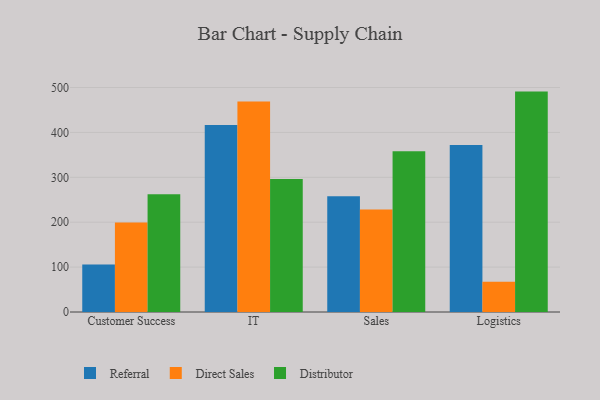
{"axis": {"x": "Department", "y": "Energy Usage (MWh)"}, "legend": ["Direct Sales", "Distributor", "Referral"], "data": [{"x": "Customer Success", "y": 105.9, "type": "Referral"}, {"x": "Customer Success", "y": 199.4, "type": "Direct Sales"}, {"x": "Customer Success", "y": 262.2, "type": "Distributor"}, {"x": "IT", "y": 416.6, "type": "Referral"}, {"x": "IT", "y": 468.8, "type": "Direct Sales"}, {"x": "IT", "y": 296.1, "type": "Distributor"}, {"x": "Sales", "y": 257.8, "type": "Referral"}, {"x": "Sales", "y": 228.5, "type": "Direct Sales"}, {"x": "Sales", "y": 358.0, "type": "Distributor"}, {"x": "Logistics", "y": 372.1, "type": "Referral"}, {"x": "Logistics", "y": 67.3, "type": "Direct Sales"}, {"x": "Logistics", "y": 490.9, "type": "Distributor"}]}